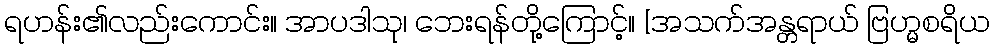
ရဟန်း၏လည်းကောင်း။ အာပဒါသု၊ ဘေးရန်တို့ကြောင့်။ [အသက်အန္တရာယ် ဗြဟ္မစရိယ